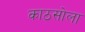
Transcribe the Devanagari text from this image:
काठसोला